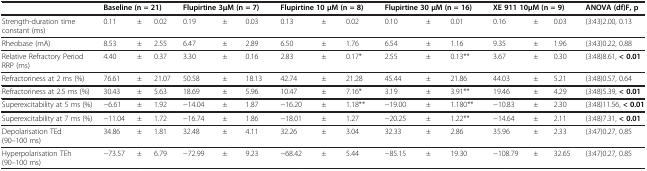
<table><thead><tr><td><b> </b></td><td colspan="3"><b>Baseline (n = 21)</b></td><td colspan="3"><b>Flupirtine 3μM (n = 7)</b></td><td colspan="3"><b>Flupirtine 10 μM (n = 8)</b></td><td colspan="3"><b>Flupirtine 30 μM (n = 16)</b></td><td colspan="3"><b>XE 911 10μM (n = 9)</b></td><td><b>ANOVA (df)F, p</b></td></tr></thead><tbody><tr><td>Strength-duration time constant (ms)</td><td>0.11</td><td>±</td><td>0.02</td><td>0.19</td><td>±</td><td>0.03</td><td>0.13</td><td>±</td><td>0.02</td><td>0.10</td><td>±</td><td>0.01</td><td>0.16</td><td>±</td><td>0.03</td><td>(3:43)2.00, 0.13</td></tr><tr><td>Rheobase (mA)</td><td>8.53</td><td>±</td><td>2.55</td><td>6.47</td><td>±</td><td>2.89</td><td>6.50</td><td>±</td><td>1.76</td><td>6.54</td><td>±</td><td>1.16</td><td>9.35</td><td>±</td><td>1.96</td><td>(3:43)0.22, 0.88</td></tr><tr><td>Relative Refractory Period RRP (ms)</td><td>4.40</td><td>±</td><td>0.37</td><td>3.30</td><td>±</td><td>0.16</td><td>2.83</td><td>±</td><td>0.17*</td><td>2.55</td><td>±</td><td>0.13**</td><td>3.67</td><td>±</td><td>0.30</td><td>(3:48)8.61, <b>&lt; 0.01</b></td></tr><tr><td>Refractoriness at 2 ms (%)</td><td>76.61</td><td>±</td><td>21.07</td><td>50.58</td><td>±</td><td>18.13</td><td>42.74</td><td>±</td><td>21.28</td><td>45.44</td><td>±</td><td>21.86</td><td>44.03</td><td>±</td><td>5.21</td><td>(3:48)0.57, 0.64</td></tr><tr><td>Refractoriness at 2.5 ms (%)</td><td>30.43</td><td>±</td><td>5.63</td><td>18.69</td><td>±</td><td>5.96</td><td>10.47</td><td>±</td><td>7.16*</td><td>3.19</td><td>±</td><td>3.91**</td><td>19.46</td><td>±</td><td>4.29</td><td>(3:48)5.39, <b>&lt; 0.01</b></td></tr><tr><td>Superexcitability at 5 ms (%)</td><td>−6.61</td><td>±</td><td>1.92</td><td>−14.04</td><td>±</td><td>1.87</td><td>−16.20</td><td>±</td><td>1.18**</td><td>−19.00</td><td>±</td><td>1.180**</td><td>−10.83</td><td>±</td><td>2.30</td><td>(3:48)11.56, <b>&lt; 0.01</b></td></tr><tr><td>Superexcitability at 7 ms (%)</td><td>−11.04</td><td>±</td><td>1.72</td><td>−16.74</td><td>±</td><td>1.86</td><td>−18.01</td><td>±</td><td>1.27</td><td>−20.25</td><td>±</td><td>1.22**</td><td>−14.64</td><td>±</td><td>2.11</td><td>(3:48)7.31, <b>&lt; 0.01</b></td></tr><tr><td>Depolarisation TEd (90–100 ms)</td><td>34.86</td><td>±</td><td>1.81</td><td>32.48</td><td>±</td><td>4.11</td><td>32.26</td><td>±</td><td>3.04</td><td>32.33</td><td>±</td><td>2.86</td><td>35.96</td><td>±</td><td>2.33</td><td>(3:47)0.27, 0.85</td></tr><tr><td>Hyperpolarisation TEh (90–100 ms)</td><td>−73.57</td><td>±</td><td>6.79</td><td>−72.99</td><td>±</td><td>9.23</td><td>−68.42</td><td>±</td><td>5.44</td><td>−85.15</td><td>±</td><td>19.30</td><td>−108.79</td><td>±</td><td>32.65</td><td>(3:47)0.27, 0.85</td></tr></tbody></table>